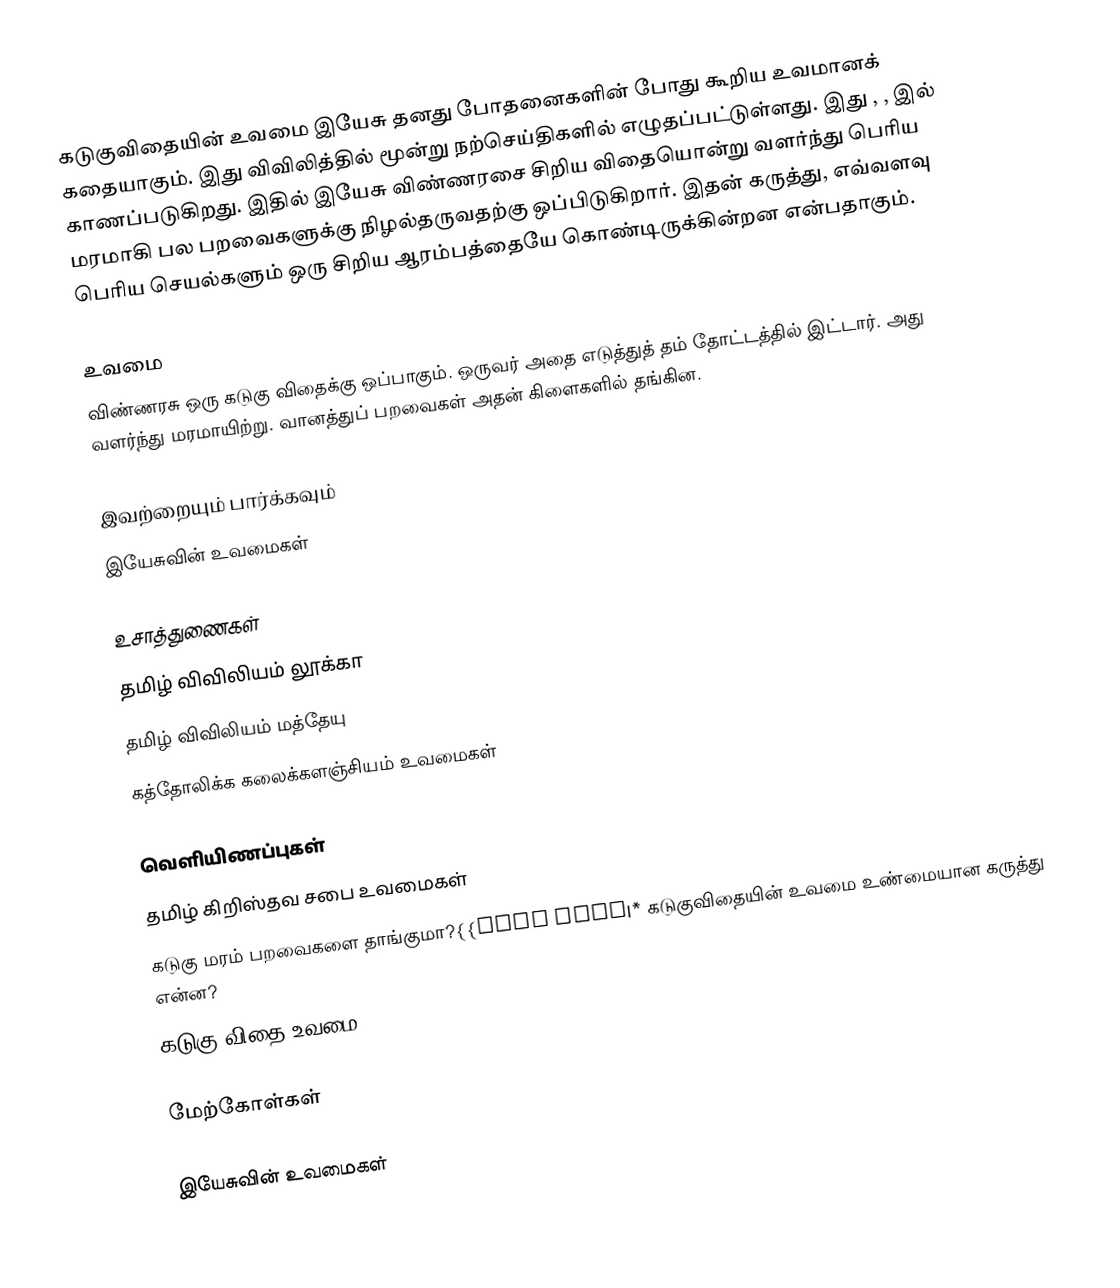
கடுகுவிதையின் உவமை  இயேசு தனது போதனைகளின் போது கூறிய உவமானக் கதையாகும். இது விவிலித்தில் மூன்று நற்செய்திகளில் எழுதப்பட்டுள்ளது. இது , ,  இல் காணப்படுகிறது. இதில் இயேசு விண்ணரசை சிறிய விதையொன்று வளர்ந்து பெரிய மரமாகி பல பறவைகளுக்கு நிழல்தருவதற்கு ஒப்பிடுகிறார். இதன் கருத்து, எவ்வளவு பெரிய செயல்களும் ஒரு சிறிய ஆரம்பத்தையே கொண்டிருக்கின்றன என்பதாகும்.

உவமை
விண்ணரசு ஒரு கடுகு விதைக்கு ஒப்பாகும். ஒருவர் அதை எடுத்துத் தம் தோட்டத்தில் இட்டார். அது வளர்ந்து மரமாயிற்று. வானத்துப் பறவைகள் அதன் கிளைகளில் தங்கின.

இவற்றையும் பார்க்கவும்
 இயேசுவின் உவமைகள்

உசாத்துணைகள்
 தமிழ் விவிலியம் லூக்கா
 தமிழ் விவிலியம் மத்தேயு
  கத்தோலிக்க கலைக்களஞ்சியம் உவமைகள்

வெளியிணப்புகள்
 தமிழ் கிறிஸ்தவ சபை  உவமைகள்
 கடுகு மரம் பறவைகளை தாங்குமா?{{Dead link|* கடுகுவிதையின் உவமை  உண்மையான கருத்து என்ன?
 கடுகு விதை உவமை

மேற்கோள்கள்

இயேசுவின் உவமைகள்